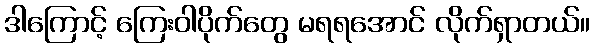
ဒါကြောင့် ကြေးဝါပိုက်တွေ မရရအောင် လိုက်ရှာတယ်။